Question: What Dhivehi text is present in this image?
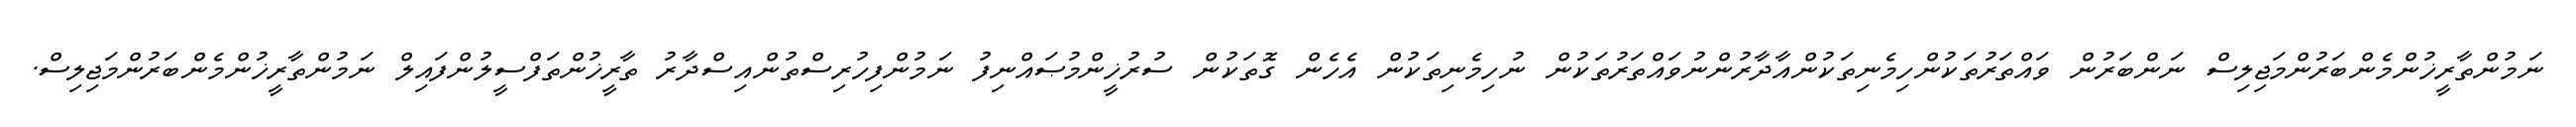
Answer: ނަމުންތާރީޚުންމެންބަރުންމަޖިލިސް ނަންބަރުން ވައްތަރުތަކުންހިމެނިތަކުންއާދާރުންނުވައްތަރުތަކުން ނުހިމެނިތަކުން އެހެން ގޮތަކުން ސުރުޚީންމުޞައްނިފު ނަމުންފިހުރިސްތުންއިސްދާރު ތާރީޚުންތަފްސީލުންފައިލް ނަމުންތާރީޚުންމެންބަރުންމަޖިލިސް.